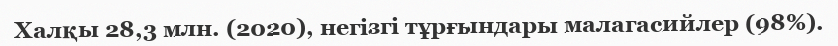
Халқы 28,3 млн. (2020), негізгі тұрғындары малагасийлер (98%).